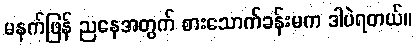
မနက်ဖြန် ညနေအတွက် စားသောက်ခန်းမက ဒါပဲရတယ်။